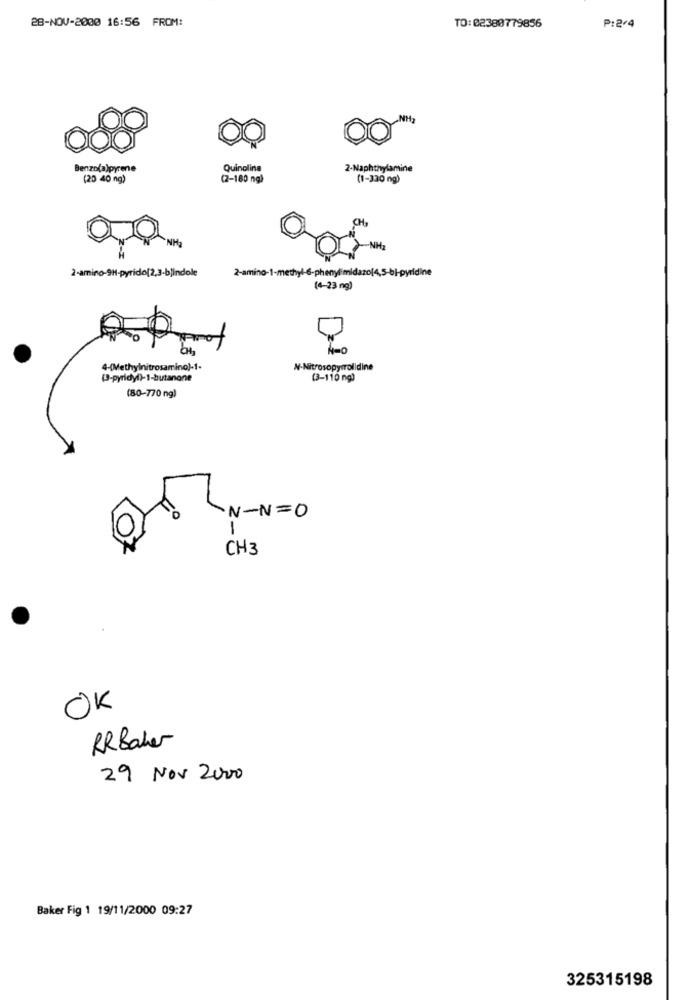
28-NOV-2000 16:56 FROM:
TO: 02380779856
P:2/4
Benzo(a)pyrene
Quinoline
2-Naphthylamine
(20 40 ng)
(2-180 ng)
(1-330 ng)
CH
NH2
2-amino-9H-pyridof2,3-bjindole
2-amino-1-methyl-6-phenylimidazol4,5-bi-pyridine
(4-23 ng)
64,
4-(Methylnitrosamino)-1-
N-Nitrosopyrrolidine
(J-pyridyl)-1-butanone
(3-110 ng)
(80-770 ng)
N-N=O
2.
1
CH3
OK
RRBaker
29 Nov 2000
Baker Fig 1 19/11/2000 09:27
325315198